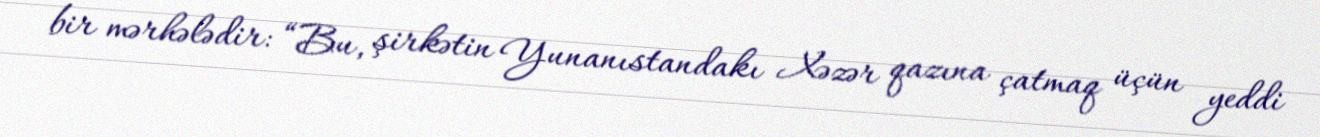
bir mərhələdir: “Bu, şirkətin Yunanıstandakı Xəzər qazına çatmaq üçün yeddi